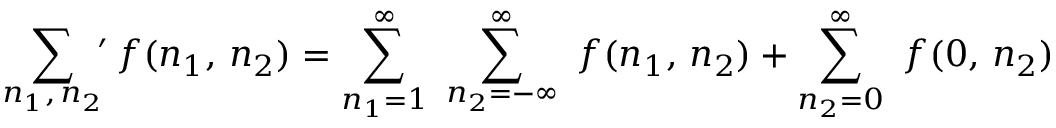
\sum _ { n _ { 1 } , \, n _ { 2 } } \, \! \! \! ^ { \prime } \, f ( n _ { 1 } , \, n _ { 2 } ) = \sum _ { n _ { 1 } = 1 } ^ { \infty } \ \sum _ { n _ { 2 } = - \infty } ^ { \infty } \ f ( n _ { 1 } , \, n _ { 2 } ) + \sum _ { n _ { 2 } = 0 } ^ { \infty } \ f ( 0 , \, n _ { 2 } )